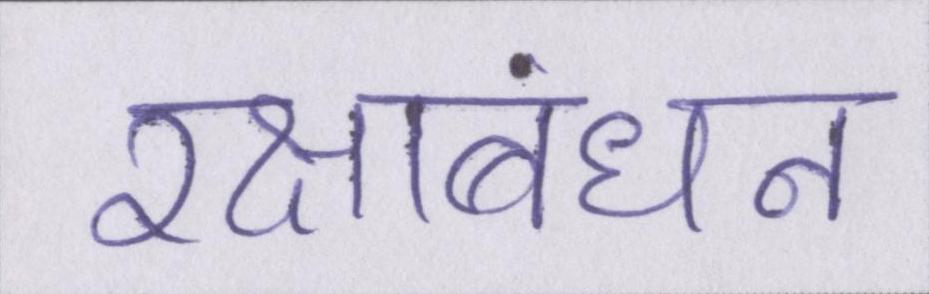
रक्षाबंधन